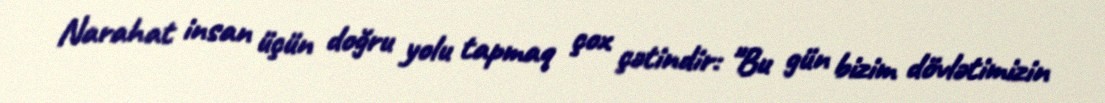
Narahat insan üçün doğru yolu tapmaq çox çətindir: "Bu gün bizim dövlətimizin